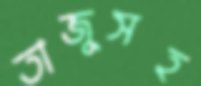
তাজুসহ